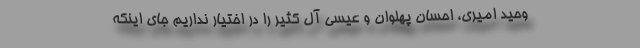
وحید امیری، احسان پهلوان و عیسی آل کثیر را در اختیار نداریم جای اینکه